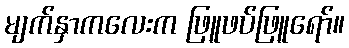
မျက်နှာကလေးက ဖြူဖပ်ဖြူရော်။